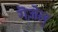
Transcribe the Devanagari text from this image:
गॆज़ेल्